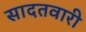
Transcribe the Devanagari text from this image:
सादतवारी